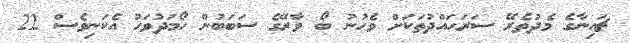
ޗައިނާގެ މެދުތެރޭ ސަރަހައްދުތަކަށް ވެހުނު ބޯ ވާރޭގެ ސަބަބުން ހޯމަދުވަހު އެކަނިވެސް 22